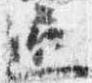
通